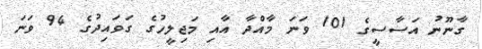
ގާނޫނު އަސާސީގެ 101 ވަނަ މާއްދާ އާއި މަޖިލީހުގެ ގަވައިދުގެ 94 ވަނަ